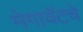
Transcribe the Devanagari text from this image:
मेगावॅटचे